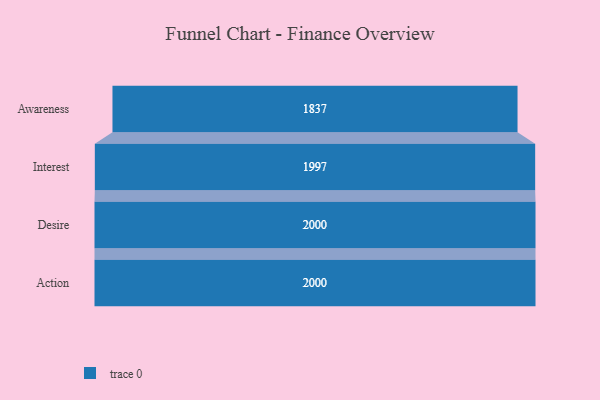
{"axis": {"x": "Stage", "y": "Value"}, "legend": [""], "data": [{"x": "Awareness", "y": 1837.0, "type": ""}, {"x": "Interest", "y": 1997.0, "type": ""}, {"x": "Desire", "y": 2000, "type": ""}, {"x": "Action", "y": 2000, "type": ""}]}